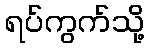
ရပ်ကွက်သို့